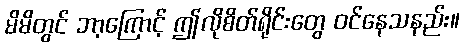
မိမိတွင် ဘာ့ကြောင့် ဤလိုစိတ်ရိုင်းတွေ ဝင်နေသနည်း။